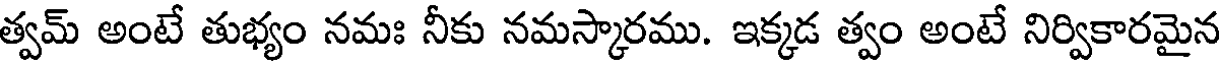
త్వమ్ అంటే తుభ్యం నమః నీకు నమస్కారము. ఇక్కడ త్వం అంటే నిర్వికారమైన